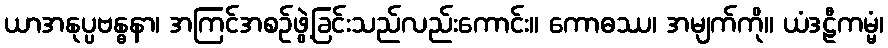
ယာအနုပ္ပဗန္ဓနာ၊ အကြင်အစဉ်ဖွဲ့ခြင်းသည်လည်းကောင်း။ ကောဓဿ၊ အမျက်ကို။ ယံဒဠီကမ္မံ၊